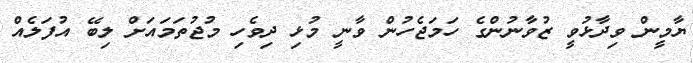
ޔާމީން ވިދާޅުވީ ޒުވާނުންގެ ހަމަޖެހުން ވާނީ މުޅި ދިވެހި މުޖުތަމައަށް ލިބޭ އުފަލެއް